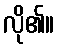
လို၏။